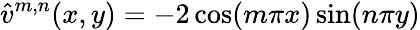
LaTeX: \hat{v}^{m,n}(x,y)=-2\cos(m\pi x)\sin(n\pi y)